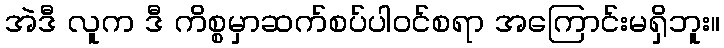
အဲဒီ လူက ဒီ ကိစ္စမှာဆက်စပ်ပါဝင်စရာ အကြောင်းမရှိဘူး။